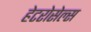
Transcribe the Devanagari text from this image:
हेटरोसेल्स